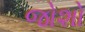
જોશો